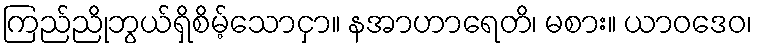
ကြည်ညိုဘွယ်ရှိစိမ့်သောငှာ။ နအာဟာရေတိ၊ မစား။ ယာဝဒေဝ၊